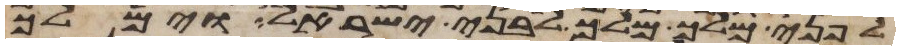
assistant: לפני מלך מלך לבני ישראל וימלך